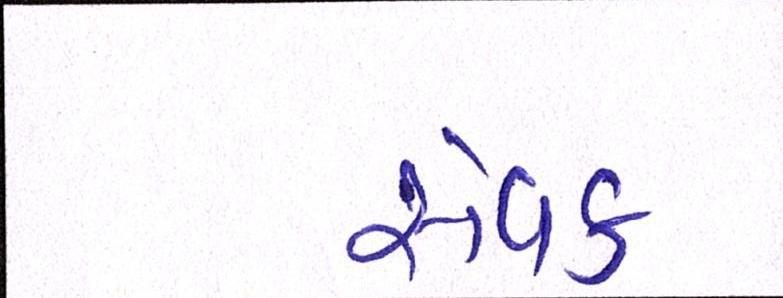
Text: સેવક